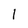
Character: 1